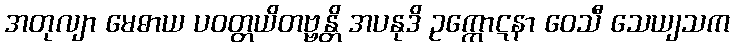
အတုလျာ မေဓာယ ပဝတ္တယိတဗ္ဗန္တိ အပနုဒိ ဥက္ကောဋနာ ဝေသီ သေယျသက